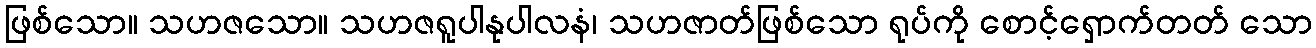
ဖြစ်သော။ သဟဇသော။ သဟဇရူပါနုပါလနံ၊ သဟဇာတ်ဖြစ်သော ရုပ်ကို စောင့်ရှောက်တတ် သော